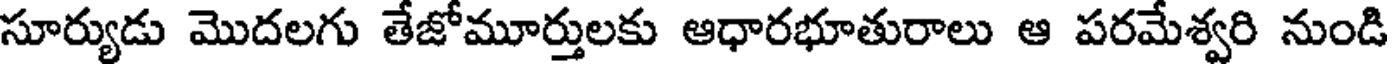
సూర్యుడు మొదలగు తేజోమూర్తులకు ఆధారభూతురాలు ఆ పరమేశ్వరి నుండి